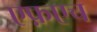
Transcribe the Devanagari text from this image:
एफ़एच